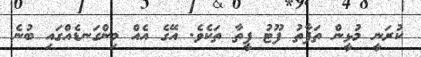
ކުރަނީ މުޅީން ތަފާތު ފޫޓު ފީތާ ތަކެވެ. އޭގެ އެއް މިންގަނޑެއްގައި ބުނެ